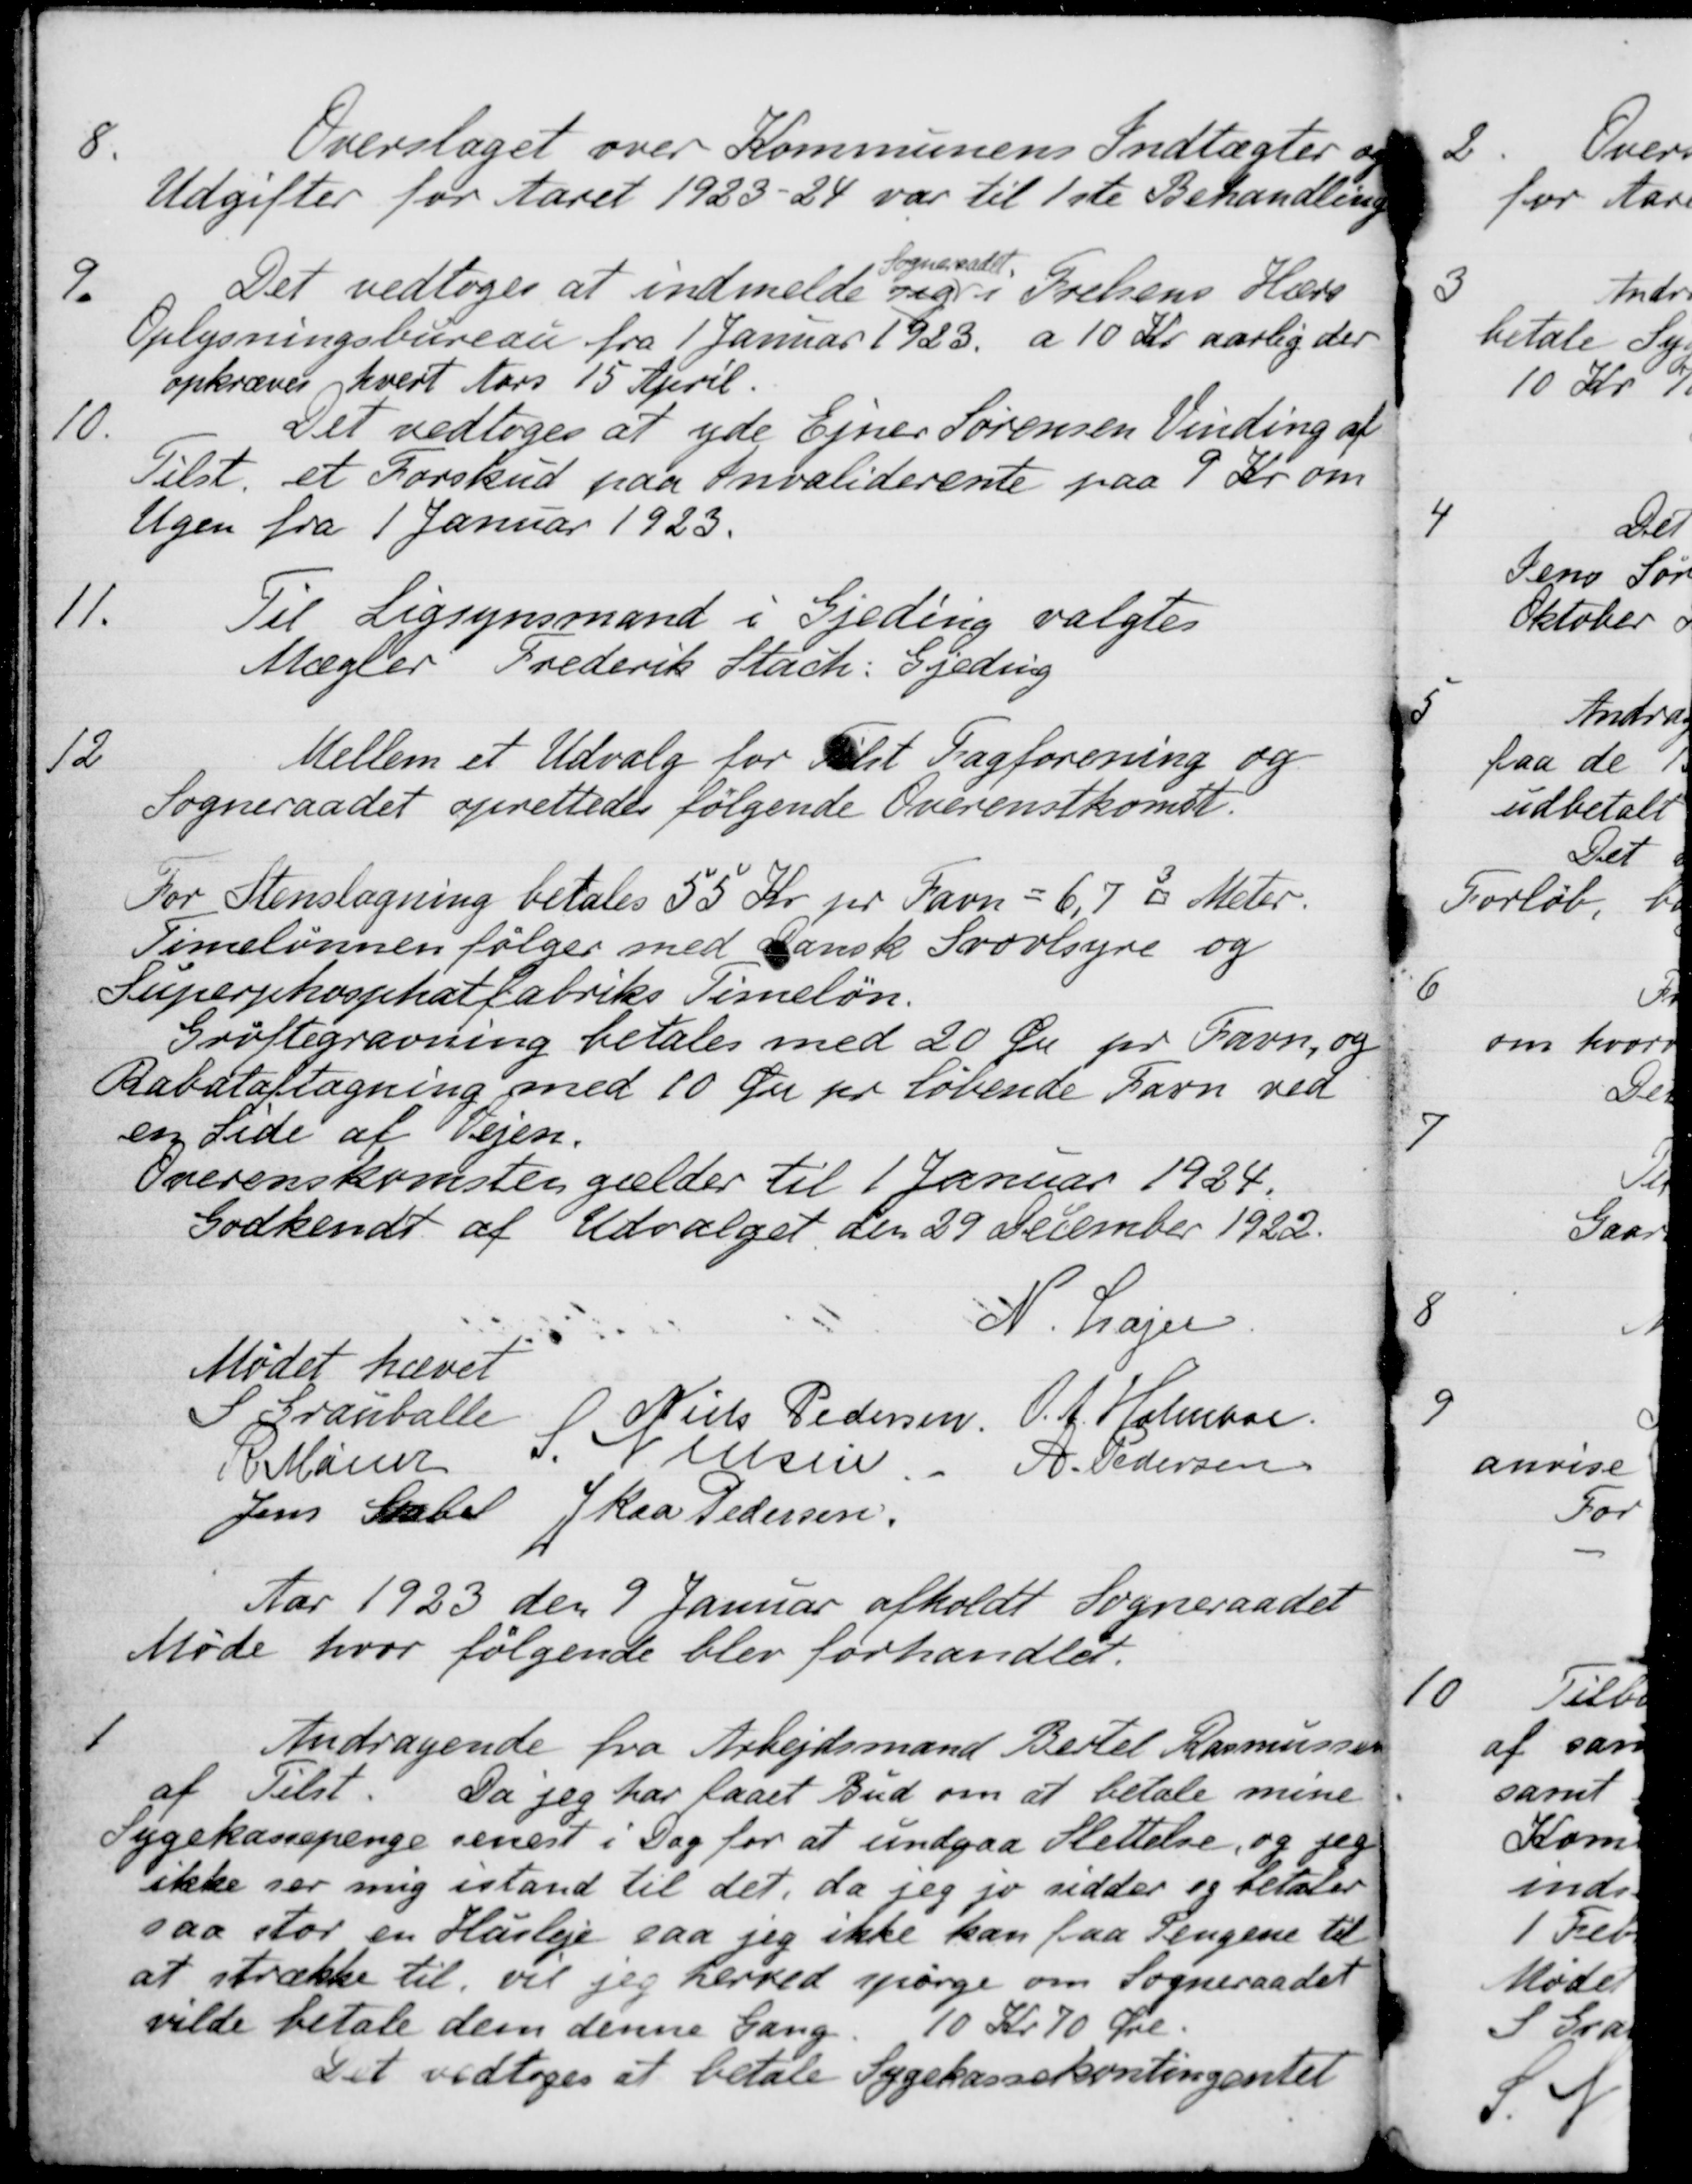
Transskription:
8.
Overslaget over Kommunens Indtægter og
Udgifter for Aaret 1923-24 var til 1ste Behandling
9.
Det vedtoges at indmelde sig
Sogneraadet
i Frelsens Hærs
Oplysningsbureau fra 1 Januar 1923 a 10 Kr aarlig der
opkræves hvert Aars 15 April.
10.
Det vedtoges at yde Ejner Sørensen Vinding af
Tilst. et Forskud paa Invaliderente paa 7 Kr om
Ugen fra 1 Januar 1923.
11.
Til Ligsynsmand i Gjeding valgtes
Mægler Frederik Stach: Gjeding
12
Mellem et Udvalg for Tilst Fagforening og
Sogneraadet oprettedes følgende Overenskomst.
For Stenslagning betales 55 Kr pr Favn = 6,7 kubikMeter.
Timelønnen følger med Dansk Svovlsyre og
Superphosphatfabriks Timeløn.
Grøftegravning betales med 20 Øre pr Favn, og
Rabataftagning med 10 Øre pr løbende Favn ved
en Side af Vejen.
Overenskomsten gælder til 1 Januar 1924.
Godkendt af Udvalget den 29 December 1922.
N. Lajer
Mødet hævet
S. Grauballe
Niels Pedersen.
O. A. Holmboe
R Mainz
S. Nielsen
A. Pedersen
Jens Stabel
J Kaa Pedersen
Aar 1923 den 9 Januar afholdt Sogneraadet
Møde hvor følgende blev forhandlet.
1
Andragende fra Arbejdsmand Bertel Rasmussen
af Tilst. Da jeg har faaet Bud om at betale mine
Sygekassepenge senest i Dag for at undgaa Slettelse, og jeg
ikke ser mig istand til det, da jeg jo sidder og betaler
saa stor en Husleje saa jeg ikke kan faa Pengene til
at strække til vil jeg herved spørge om Sogneraadet
vilde betale dem denne Gang. 10 Kr. 70 Øre.
Det vedtoges at betale Sygekassekontingentet